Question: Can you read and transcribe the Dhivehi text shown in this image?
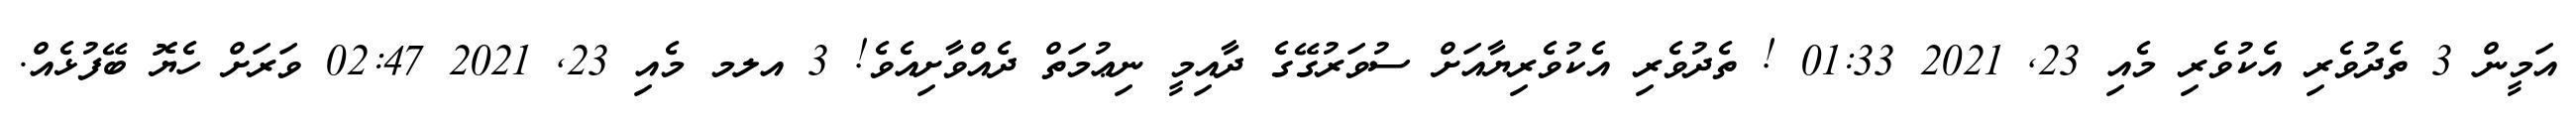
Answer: އަމީން 3 ތެދުވެރި އެކުވެރި މެއި 23, 2021 01:33 ! ތެދުވެރި އެކުވެރިޔާއަށް ސުވަރުގޭގެ ދާއިމީ ނިޢުމަތް ދެއްވާށިއެވެ! 3 އލމ މެއި 23, 2021 02:47 ވަރަށް ހެޔޮ ބޭފުޅެއް.